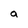
Character: a